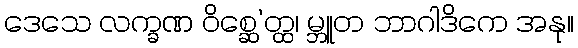
ဒေသေ လက္ခဏ ဝိစ္ဆေ’တ္ထ၊ မ္ဘူတ ဘာဂါဒိကေ အနု။